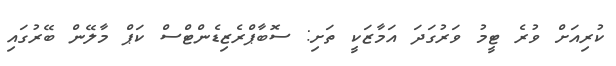
ކުރިއަށް ވުރެ ޓީމު ވަރުގަދަ އަމާޒަކީ ތަށި: ސޮބާޕްރެޒިޑެންޓްސް ކަޕް މާލޭން ބޭރުގައި